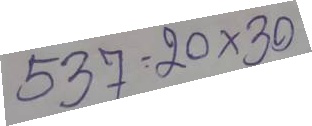
537 = 20 x 30